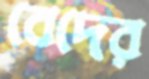
বেদের